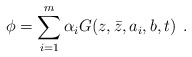
\begin{align*}\phi=\sum_{i=1}^m{\alpha_i}G(z,\bar{z},a_i,b,t) \: \:.\end{align*}